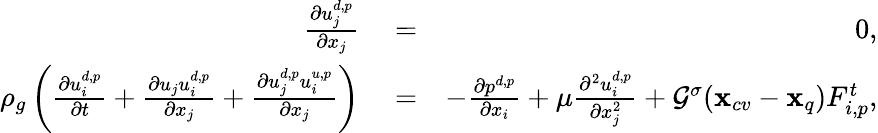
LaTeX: \begin{array}{rlr}{\frac{\partial u_{j}^{d,p}}{\partial x_{j}}}&{{}=}&{0,}\\ {\rho_{g}\left(\frac{\partial u_{i}^{d,p}}{\partial t}+\frac{\partial u_{j}u_{i}^{d,p}}{\partial x_{j}}+\frac{\partial u_{j}^{d,p}u_{i}^{u,p}}{\partial x_{j}}\right)}&{{}=}&{-\frac{\partial p^{d,p}}{\partial x_{i}}+{\mu}\frac{\partial^{2}{u_{i}^{d,p}}}{\partial x_{j}^{2}}+{\mathcal G}^{\sigma}(\mathbf{x}_{cv}-\mathbf{x}_{q})F_{i,p}^{t},}\end{array}